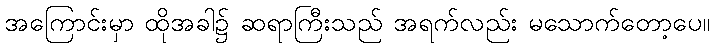
အကြောင်းမှာ ထိုအခါ၌ ဆရာကြီးသည် အရက်လည်း မသောက်တော့ပေ။